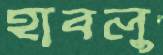
হাবলু